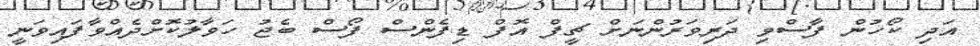
އަދި ކޯހުން ފާސްވި ދަރިވަރުންނަށް ޗީފް އޮފް ޑިފެންސް ފޯސް ބެޖު ހަވާލުކޮށްދެއްވާފައިވަނީ